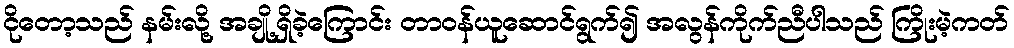
ငိုတော့သည် နမ်းလို့ အချို့ရှိခဲ့ကြောင်း တာဝန်ယူဆောင်ရွက်၍ အလွန်ကိုက်ညီပါသည် ကြိုးမဲ့ကတ်